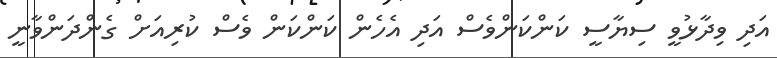
އަދި ވިދާޅުވީ ސިޔާސީ ކަންކަންވެސް އަދި އެހެން ކަންކަން ވެސް ކުރިއަށް ގެންދަންވާނީ